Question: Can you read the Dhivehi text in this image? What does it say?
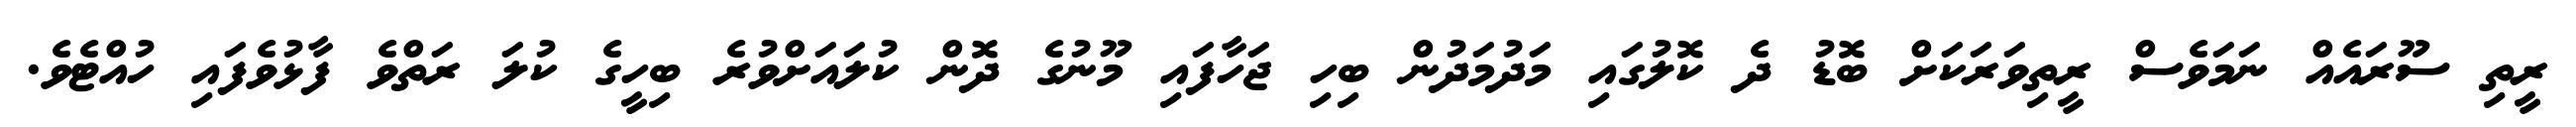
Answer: ރީތި ސޫރައެއް ނަމަވެސް ރީތިވަރަކަށް ބޮޑު ދެ ކޮލުގައި މަދުމަދުން ބިހި ޖަހާފައި މޫނުގެ ދޮން ކުލައަށްވުރެ ބިހީގެ ކުލަ ރަތްވެ ފާޅުވެފައި ހުއްޓެވެ.